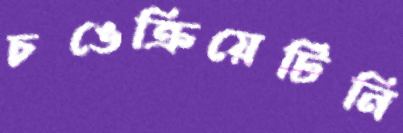
চঙেক্রিয়েটিনি